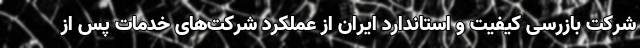
شرکت بازرسی کیفیت و استاندارد ایران از عملکرد شرکت‌های خدمات پس از